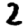
Digit: 2